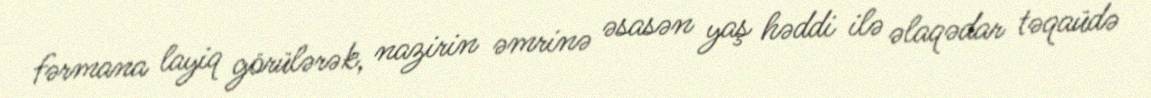
fərmana layiq görülərək, nazirin əmrinə əsasən yaş həddi ilə əlaqədar təqaüdə